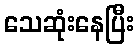
သေဆုံးနေပြီး